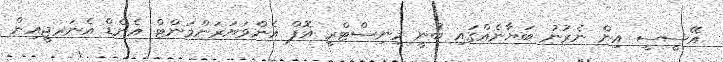
އޭސީސީ އިން ނެރުނު ބަޔާނެއްގައި ބުނީ މިނިސްޓްރީ އޮފް އެންވަޔަރަންމަންޓް އެންޑް އެނަރޖީއިން